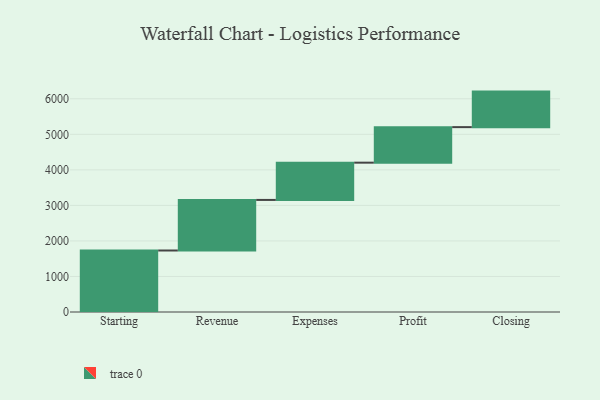
{"axis": {"x": "Step", "y": "Value"}, "legend": [""], "data": [{"x": "Starting", "y": 1731.0, "type": ""}, {"x": "Revenue", "y": 1423.0, "type": ""}, {"x": "Expenses", "y": 1049.0, "type": ""}, {"x": "Profit", "y": 1000, "type": ""}, {"x": "Closing", "y": 1000, "type": ""}]}